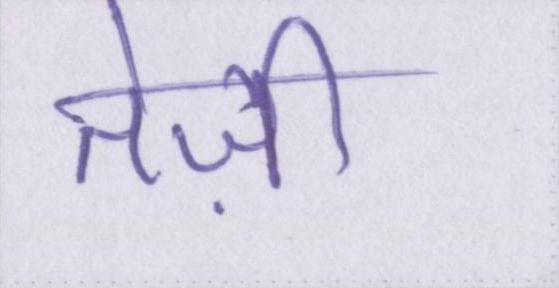
तेज़ी